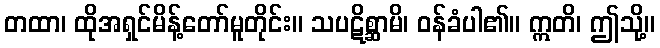
တထာ၊ ထိုအရှင်မိန့်တော်မူတိုင်း။ သပဋိစ္ဆာမိ၊ ဝန်ခံပါ၏။ ဣတိ၊ ဤသို့။